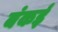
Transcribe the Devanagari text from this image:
बंकई